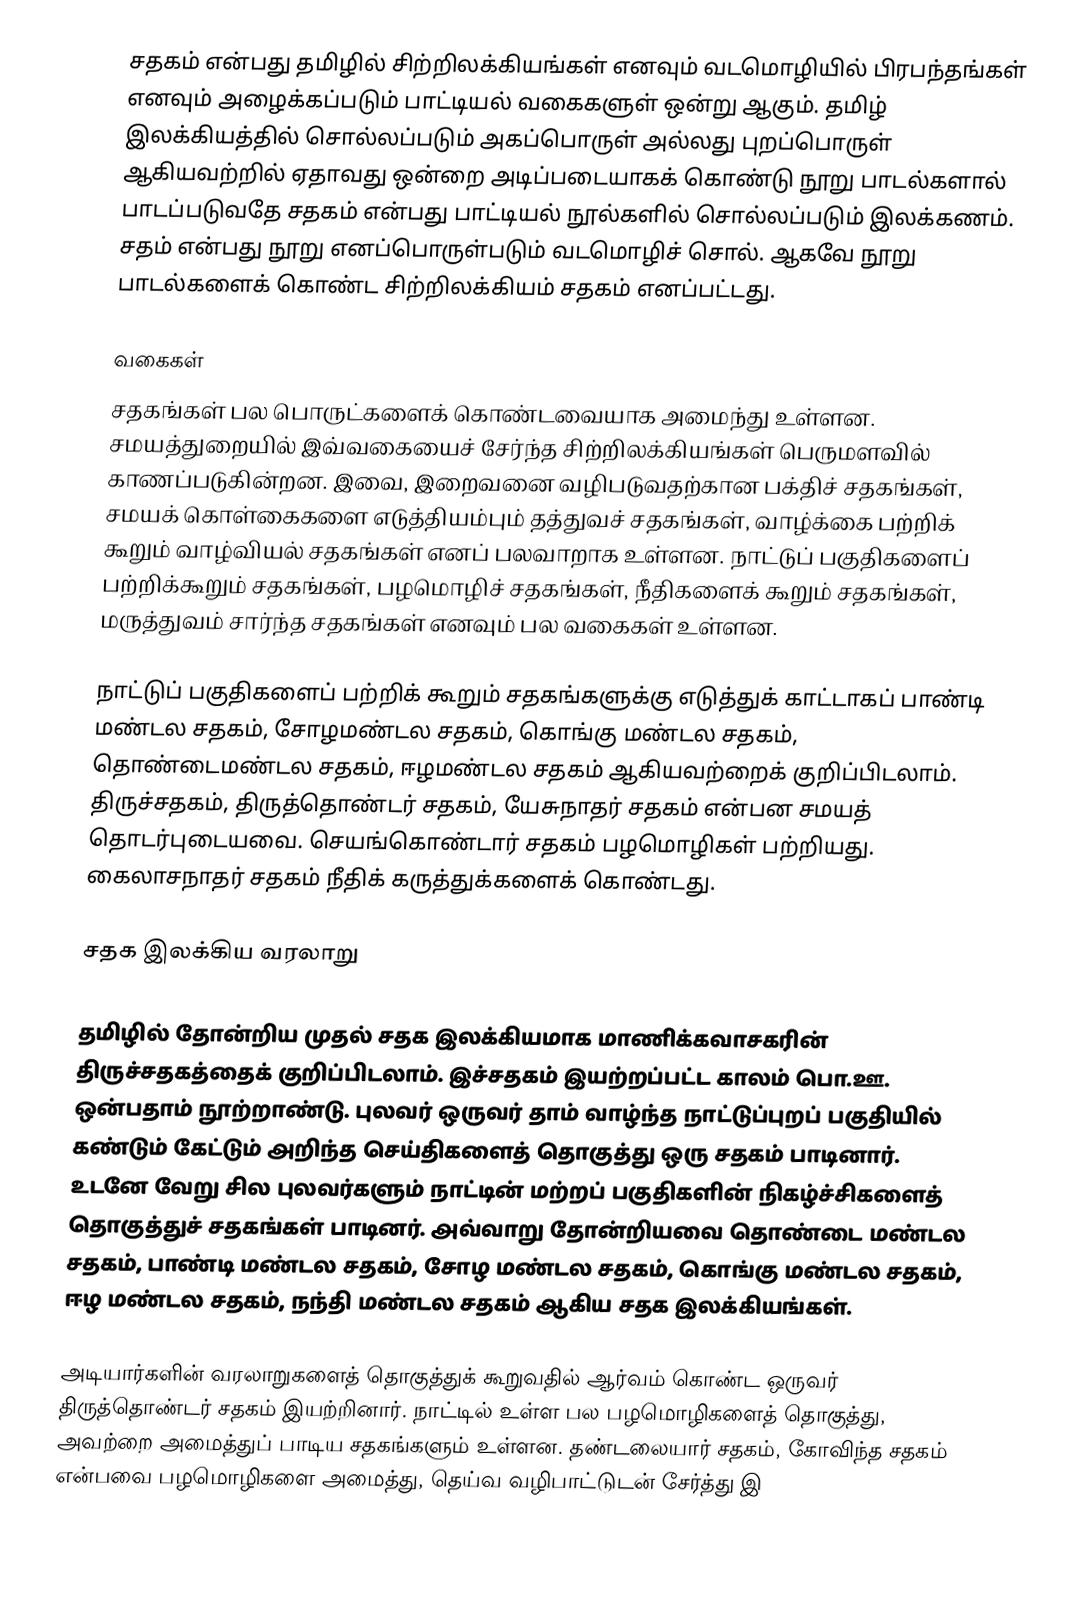
சதகம் என்பது தமிழில் சிற்றிலக்கியங்கள் எனவும் வடமொழியில் பிரபந்தங்கள் எனவும் அழைக்கப்படும் பாட்டியல் வகைகளுள் ஒன்று ஆகும். தமிழ் இலக்கியத்தில் சொல்லப்படும் அகப்பொருள் அல்லது புறப்பொருள் ஆகியவற்றில் ஏதாவது ஒன்றை அடிப்படையாகக் கொண்டு நூறு பாடல்களால் பாடப்படுவதே சதகம் என்பது பாட்டியல் நூல்களில் சொல்லப்படும் இலக்கணம். சதம் என்பது நூறு எனப்பொருள்படும் வடமொழிச் சொல். ஆகவே நூறு பாடல்களைக் கொண்ட சிற்றிலக்கியம் சதகம் எனப்பட்டது.

வகைகள்
சதகங்கள் பல பொருட்களைக் கொண்டவையாக அமைந்து உள்ளன. சமயத்துறையில் இவ்வகையைச் சேர்ந்த சிற்றிலக்கியங்கள் பெருமளவில் காணப்படுகின்றன. இவை, இறைவனை வழிபடுவதற்கான பக்திச் சதகங்கள், சமயக் கொள்கைகளை எடுத்தியம்பும் தத்துவச் சதகங்கள், வாழ்க்கை பற்றிக் கூறும் வாழ்வியல் சதகங்கள் எனப் பலவாறாக உள்ளன. நாட்டுப் பகுதிகளைப் பற்றிக்கூறும் சதகங்கள், பழமொழிச் சதகங்கள், நீதிகளைக் கூறும் சதகங்கள், மருத்துவம் சார்ந்த சதகங்கள் எனவும் பல வகைகள் உள்ளன.

நாட்டுப் பகுதிகளைப் பற்றிக் கூறும் சதகங்களுக்கு எடுத்துக் காட்டாகப் பாண்டி மண்டல சதகம், சோழமண்டல சதகம், கொங்கு மண்டல சதகம், தொண்டைமண்டல சதகம், ஈழமண்டல சதகம் ஆகியவற்றைக் குறிப்பிடலாம். திருச்சதகம், திருத்தொண்டர் சதகம், யேசுநாதர் சதகம் என்பன சமயத் தொடர்புடையவை. செயங்கொண்டார் சதகம் பழமொழிகள் பற்றியது. கைலாசநாதர் சதகம் நீதிக் கருத்துக்களைக் கொண்டது.

சதக இலக்கிய வரலாறு

தமிழில் தோன்றிய முதல் சதக இலக்கியமாக மாணிக்கவாசகரின் திருச்சதகத்தைக் குறிப்பிடலாம். இச்சதகம் இயற்றப்பட்ட காலம் பொ.ஊ. ஒன்பதாம் நூற்றாண்டு. புலவர் ஒருவர் தாம் வாழ்ந்த நாட்டுப்புறப் பகுதியில் கண்டும் கேட்டும் அறிந்த செய்திகளைத் தொகுத்து ஒரு சதகம் பாடினார். உடனே வேறு சில புலவர்களும் நாட்டின் மற்றப் பகுதிகளின் நிகழ்ச்சிகளைத் தொகுத்துச் சதகங்கள் பாடினர். அவ்வாறு தோன்றியவை தொண்டை மண்டல சதகம், பாண்டி மண்டல சதகம், சோழ மண்டல சதகம், கொங்கு மண்டல சதகம், ஈழ மண்டல சதகம், நந்தி மண்டல சதகம் ஆகிய சதக இலக்கியங்கள்.

அடியார்களின் வரலாறுகளைத் தொகுத்துக் கூறுவதில் ஆர்வம் கொண்ட ஒருவர் திருத்தொண்டர் சதகம் இயற்றினார். நாட்டில் உள்ள பல பழமொழிகளைத் தொகுத்து, அவற்றை அமைத்துப் பாடிய சதகங்களும் உள்ளன. தண்டலையார் சதகம், கோவிந்த சதகம் என்பவை பழமொழிகளை அமைத்து, தெய்வ வழிபாட்டுடன் சேர்த்து இ